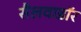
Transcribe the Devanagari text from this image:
सैलवाडॉर